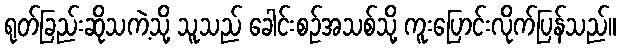
ရုတ်ခြည်းဆိုသကဲ့သို့ သူသည် ခေါင်းစဉ်အသစ်သို့ ကူးပြောင်းလိုက်ပြန်သည်။